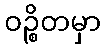
ဝဉ္စိတမှာ